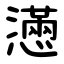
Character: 懣